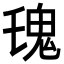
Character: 𩱾